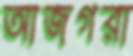
আজগরা